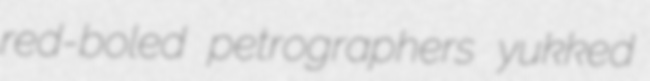
red-boled petrographers yukked